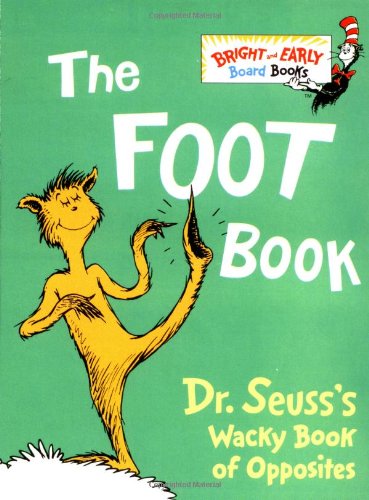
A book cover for The Foot Book: Dr. Seuss's Wacky Book of Opposites; Dr. Seuss; Children's Books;